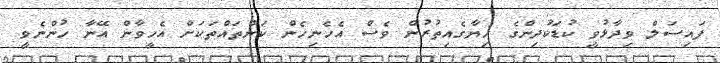
ފައިސަލް ވިދާޅުވީ ކުޑަކުދިންގެ ހިޔާގެއިތުރުން ވެސް އެހެނިހެން ކަންތައްތަކަށް އެހީވާން އޭނާ ހުންނެވީ